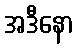
အဒီနော